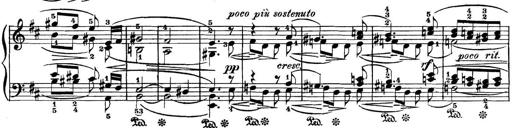
Title: 3 Sonatinas
Composer: Carl Reinecke